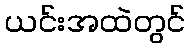
ယင်းအထဲတွင်